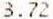
3.72